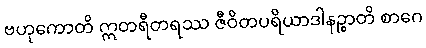
ဗဟုကောတိ ဣတရီတရဿ ဇီဝိတပရိယာဒါနဉ္စာတိ စာဂေ